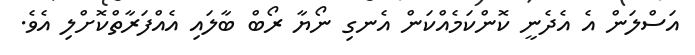
އަސްލަން އެ އެދެނީ ކޮންކަމެއްކަން އެނގި ނޯޔާ ރޯބް ބާލައި އެއްފަރާތްކޮށްލި އެވެ.